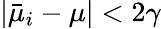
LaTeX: |\bar{\mu}_{i}-\mu|<2\gamma